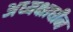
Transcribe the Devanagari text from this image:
अध्यक्षाधीन